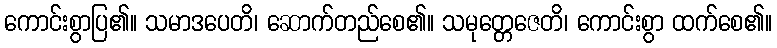
ကောင်းစွာပြ၏။ သမာဒပေတိ၊ ဆောက်တည်စေ၏။ သမုတ္တေဇေတိ၊ ကောင်းစွာ ထက်စေ၏။